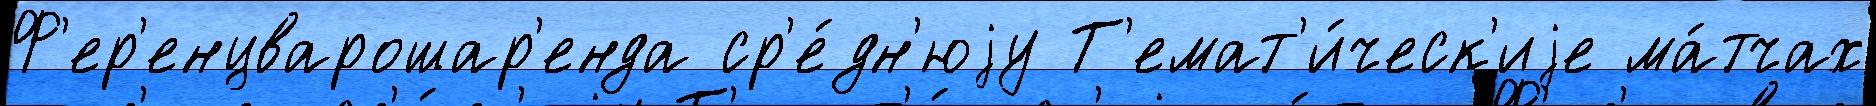
Ф'ер'енцварошар'енда ср'е́дн'юjу Т'емат'и́ческ'иjе ма́тчах